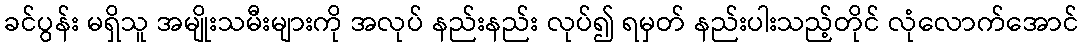
ခင်ပွန်း မရှိသူ အမျိုးသမီးများကို အလုပ် နည်းနည်း လုပ်၍ ရမှတ် နည်းပါးသည့်တိုင် လုံလောက်အောင်